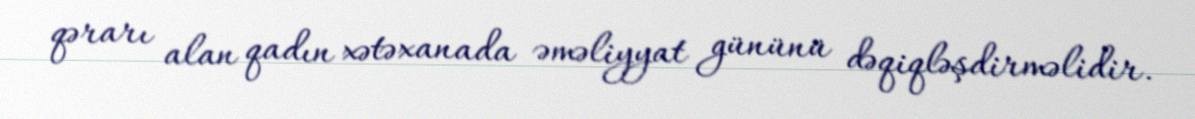
qərarı alan qadın xətəxanada əməliyyat gününü dəqiqləşdirməlidir.